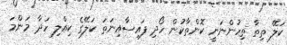
ކަލޭ ތިތާ ތިހުންނަނީ ކޮންތާކުން ހޯދި ފައިސާއިނަތަ ކަލޭގެ ކިއްލި ހަދާ މަންމަ